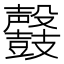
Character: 𪔰